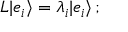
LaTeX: L | e _ { i } \rangle = \lambda _ { i } | e _ { i } \rangle \, ;